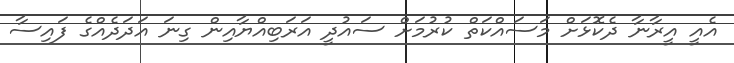
އެއީ އީރާނާ ދެކޮޅަށް މަސައްކަތް ކުރުމަށް ސައުދީ އަރަބިއްޔާއިން ގިނަ އަދަދެއްގެ ފައިސާ